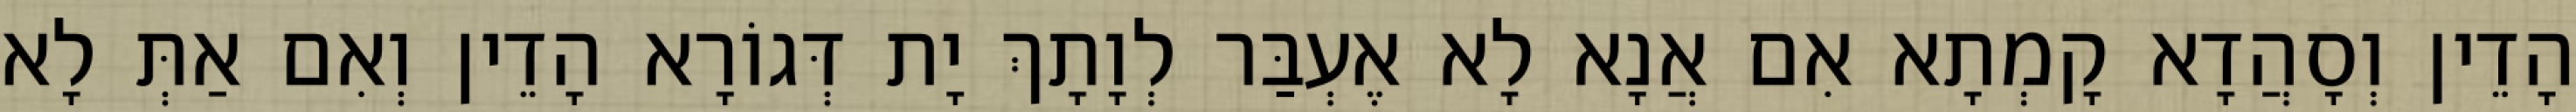
הָדֵין וְסָהֲדָא קָמְתָא אִם אֲנָא לָא אֶעְבַּר לְוָתָךְ יָת דְּגוֹרָא הָדֵין וְאִם אַתְּ לָא